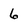
Character: 6